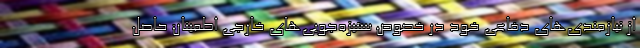
از نیازمندی‌های دفاعی خود در خصوص ستیزه‌جویی‌های خارجی اطمینان حاصل